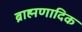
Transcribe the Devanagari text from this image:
ब्राह्मणादिक